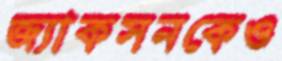
জ্যাকসনকেও